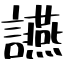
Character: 讌